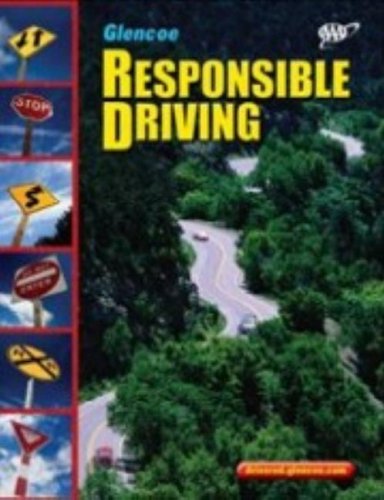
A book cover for Responsible Driving, Hardcover Student Edition (SPORTS'LIKE/RESPNS'BLE DRIVING); McGraw-Hill Education; Test Preparation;